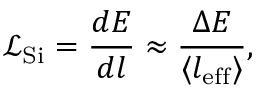
\mathcal { L } _ { \mathrm { { S i } } } = \frac { d E } { d l } \approx \frac { \Delta E } { \langle l _ { \mathrm { e f f } } \rangle } ,